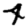
Digit: 4